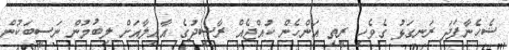
ޝެހެނާފަދަ ރަނގަޅު ގެވެހި ރީތި އަންހެން ކުއްޖެއް ރާޝިދުގެ އާއިލާއަށް ލިބުމުން ނަސީބަކުން